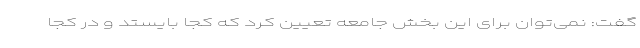
گفت: نمی‌توان برای این بخش جامعه تعیین کرد که کجا بایستد و در کجا